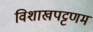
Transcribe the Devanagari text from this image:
विशाखपट्टणम